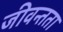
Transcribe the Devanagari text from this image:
जीवन्‍तता